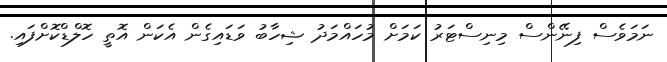
ނަމަވެސް ފިނޭންސް މިނިސްޓަރު ކަމަށް މުހައްމަދު ޝިހާބު ވަޑައިގެން އެކަން އޮތީ ހޮލްޑްކޮށްފައި.